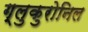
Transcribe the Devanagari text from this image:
ग्लुकुरोनिल